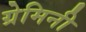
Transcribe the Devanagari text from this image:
ग्रेमिनी